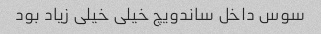
سوس داخل ساندویچ خیلی خیلی زیاد بود